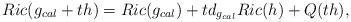
LaTeX: \begin{align*}&Ric(g_{cal}+th)=Ric(g_{cal})+td_{g_{cal}}Ric(h)+Q(th),\end{align*}